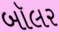
બૉલર